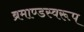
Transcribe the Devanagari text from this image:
ब्रमाण्डस्वरूप